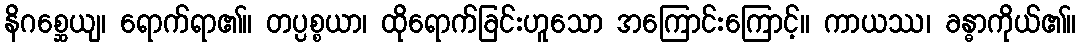
နိဂစ္ဆေယျ၊ ရောက်ရာ၏။ တပ္ပစ္စယာ၊ ထိုရောက်ခြင်းဟူသော အကြောင်းကြောင့်။ ကာယဿ၊ ခန္ဓာကိုယ်၏။